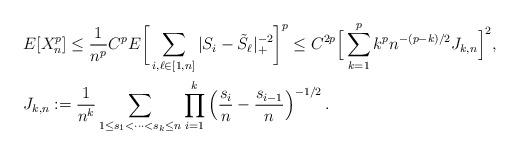
LaTeX: \begin{align*}&E[X_n^p] \le \frac{1}{n^p} C^p E\bigg[\sum_{i,\ell \in [1,n]} |S_i-\tilde{S}_\ell |_+^{-2} \bigg]^p\le C^{2p} \Big[\sum_{k=1}^{p} k^p n^{-(p-k)/2} J_{k,n} \Big]^2, \\&J_{k,n}:=\frac{1}{n^k} \sum_{1 \le s_1 < \cdots < s_k \le n} \prod_{i=1}^k \Big(\frac{s_i}{n}-\frac{s_{i-1}}{n}\Big)^{-1/2} \,. \end{align*}